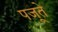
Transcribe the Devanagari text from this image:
पजूते